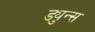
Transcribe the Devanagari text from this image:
ड्युन्स